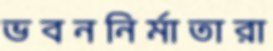
ভবননির্মাতারা